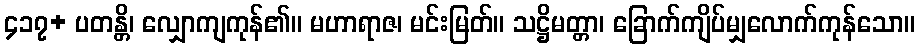
၄၁၇+ ပတန္တိ၊ လျှောကျကုန်၏။ မဟာရာဇ၊ မင်းမြတ်။ သဋ္ဌိမတ္တာ၊ ခြောက်ကျိပ်မျှလောက်ကုန်သော။